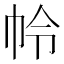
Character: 𭘘